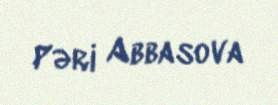
Pəri Abbasova